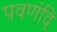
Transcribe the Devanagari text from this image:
पवणंदि